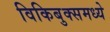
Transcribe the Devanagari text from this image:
विकिबुक्समध्ये